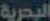
البحرية